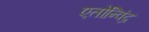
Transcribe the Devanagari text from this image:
एतोन्विंद्रं